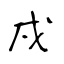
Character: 戍